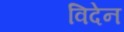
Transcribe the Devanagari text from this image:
विदेन